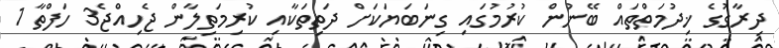
ދިރާގުގެ ޚިދުމަތްތައް ބޭނުން ކުރުމުގައި ގިނަބަޔަކަށް ދަތިތަކާއި ކުރިމަތިލާން ޖެހިއްޖެ3 ހަފްތާ 1